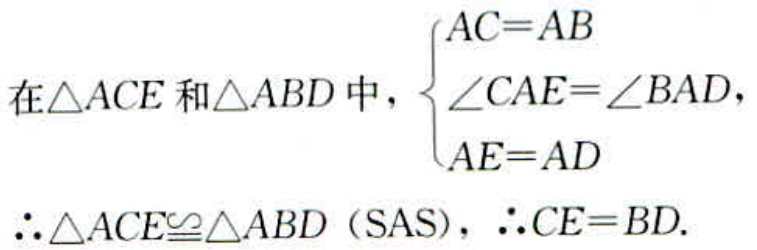
在$\triangle ACE$和$\triangle ABD$中，$\begin{cases}
AC = AB \\
\angle CAE=\angle BAD \\
AE = AD
\end{cases}$
$\therefore \triangle ACE\cong\triangle ABD$（SAS），$\therefore CE = BD$.